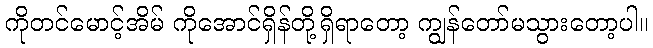
ကိုတင်မောင့်အိမ် ကိုအောင်ရှိန်တို့ရှိရာတော့ ကျွန်တော်မသွားတော့ပါ။